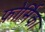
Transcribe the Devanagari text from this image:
फोर्मिका